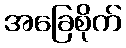
အခြေစိုက်